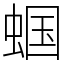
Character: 蝈